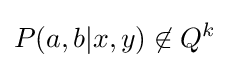
P(a,b|x,y)\not \in Q^{k}